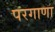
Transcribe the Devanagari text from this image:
परगाणा